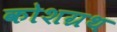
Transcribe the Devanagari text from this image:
कोशग्रथ